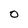
Character: 0